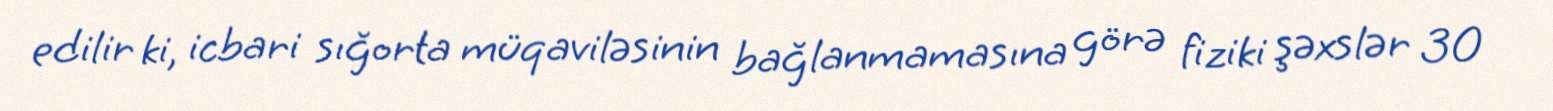
edilir ki, icbari sığorta müqaviləsinin bağlanmamasına görə fiziki şəxslər 30